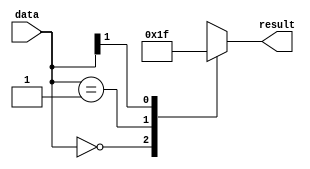
module casez_example (
    input wire [1:0] data,
    output reg [3:0] result
);

always @ (*) begin
    casez (data)
        2'b00: result = 4'b0000;
        2'b01: result = 4'b0001;
        2'b1?: result = 4'b1111; // capture any other values
    endcase
end

endmodule